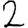
Digit: 2